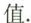
值。